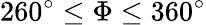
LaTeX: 260^{\circ}\leq\Phi\leq 360^{\circ}